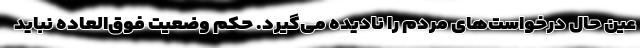
عین حال درخواست‌های مردم را نادیده می‌گیرد. حکم وضعیت فوق‌العاده نباید